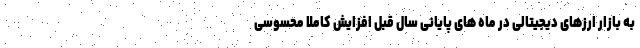
به بازار ارزهای دیجیتالی در ماه های پایانی سال قبل افزایش کاملا محسوسی